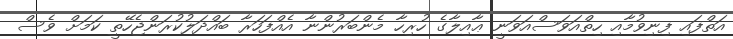
އަތްފައި ފިނިވުމާއި ހިތްއަވަސްއަވަނީ ޢާއިލާގެ ހުރިހާ މެންބަރުންނާ އެއްފަހަރާ ބައްދަލުކުރަންޖެހޭތީ ކަމަށް ވެސް